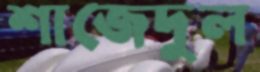
শাজেদুল